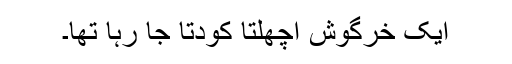
ایک خرگوش اچھلتا کودتا جا رہا تھا۔